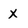
Character: X